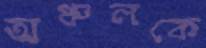
অঞ্চলকে